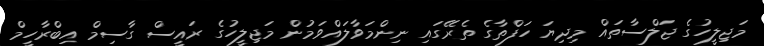
މަޖިލީހުގެ ޖަލްސާތައް މިދިޔަ ހަފްތާގެ ތެރޭގައި ނިންމަވާލައްވަމުން މަޖިލީހުގެ ރައީސް ގާސިމް އިބްރާހީމް